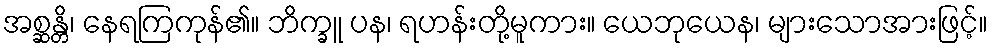
အစ္ဆန္တိ၊ နေရကြကုန်၏။ ဘိက္ခူ ပန၊ ရဟန်းတို့မူကား။ ယေဘုယေန၊ များသောအားဖြင့်။